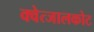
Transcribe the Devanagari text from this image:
क्वेत्जालकोट